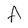
Character: A